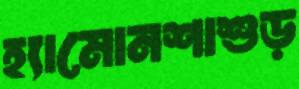
হ্যামোনশাশুড়